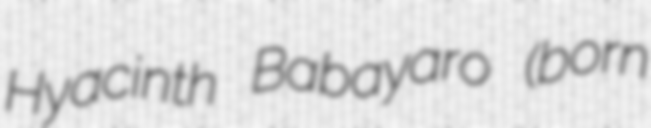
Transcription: Hyacinth Babayaro (born